Annual report of the Punjab Veterinary College and of the Civil Veterinary Department, Punjab - 1920-1925
Year: 1920
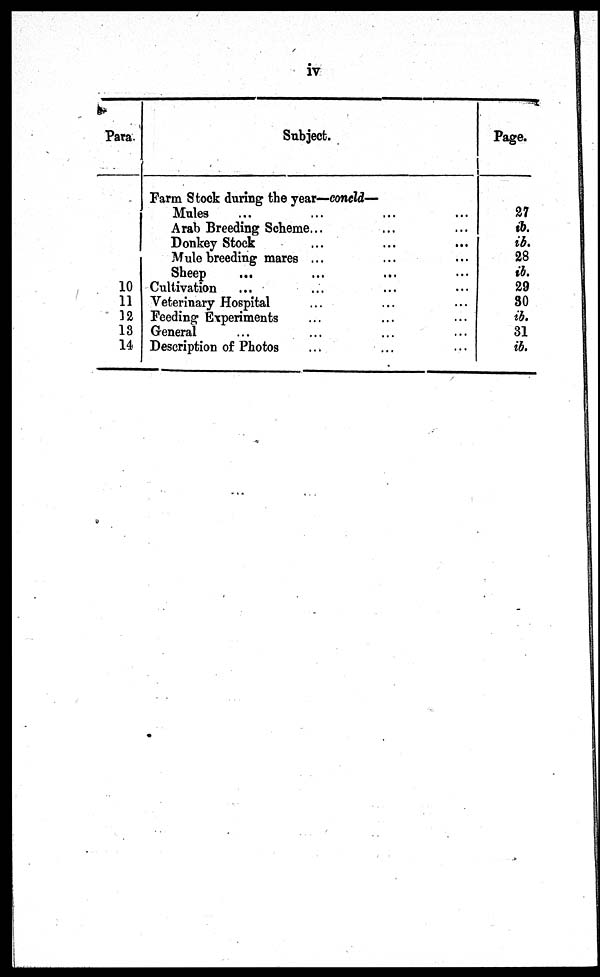
iv
Para.
10
11
12
13
14
Subject.
Farm Stock during the year—concld—
Mules ... ... ... ...
Arab Breeding Scheme... ... ...
Donkey Stock ... ... ...
Mule breeding mares ... ... ...
Sheep
...
...
...
...
Cultivation ... ... ... ...
Veterinary Hospital ... ... ...
Feeding Experiments ... ... ...
General ... ... ... ...
Description of Photos ... ... ...
Page.
27
ib.
ib.
28
ib. 29
30
ib.
31
ib.